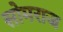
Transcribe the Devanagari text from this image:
सोमराज